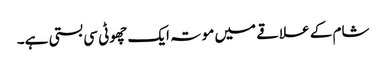
شام کے علاقے میں موتہ ایک چھوٹی سی بستی ہے۔